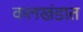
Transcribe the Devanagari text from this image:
कलखंडात